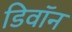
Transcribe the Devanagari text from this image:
डिवॉन